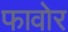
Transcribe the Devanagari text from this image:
फावोर